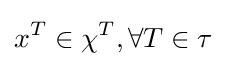
x^{T}\in \chi ^{T},\forall T\in \tau